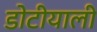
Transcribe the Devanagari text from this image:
डोटीयाली